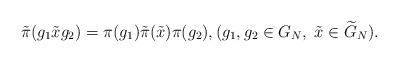
LaTeX: \begin{align*} \tilde \pi (g_1\tilde x g_2)=\pi(g_1) \tilde \pi(\tilde x) \pi(g_2), (g_1,g_2\in G_N, \; \tilde x \in \widetilde G_N). \end{align*}